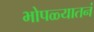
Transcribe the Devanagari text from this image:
भोपळ्यातनं